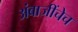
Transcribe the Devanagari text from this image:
अंबाजींचेच